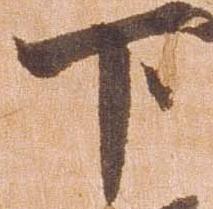
下